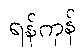
ရန်ကုန်